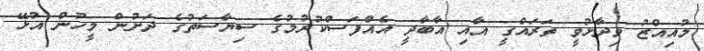
މުއިއްޒު ވިދާޅުވީ ތަރައްގީ އާއި އާބާދީ އެއްފަސްކުރުމުގެ ސިޔާސަތުގެ ދަށުން މީހުން އުޅޭ